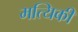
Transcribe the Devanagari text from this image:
मत्यिकी